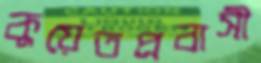
কুয়েতপ্রবাসী